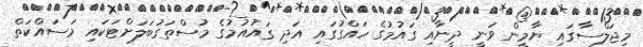
މިޖަލްސާގައި ޔާމީން ވަނީ ދީނާއި ގައުމުގެ ހައްގުގައި އަދި ގައުއުމުގެ މުސްތަގުބަލަށްޓަކައި މަސައްކަތް